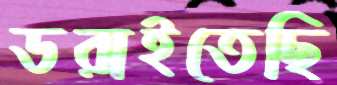
ডরাইতেছি